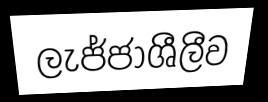
ලැජ්ජාශීලීව